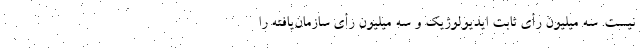
نیست. سه میلیون رأی ثابت ایدیولوژیک و سه میلیون رأی سازمان‌یافته را